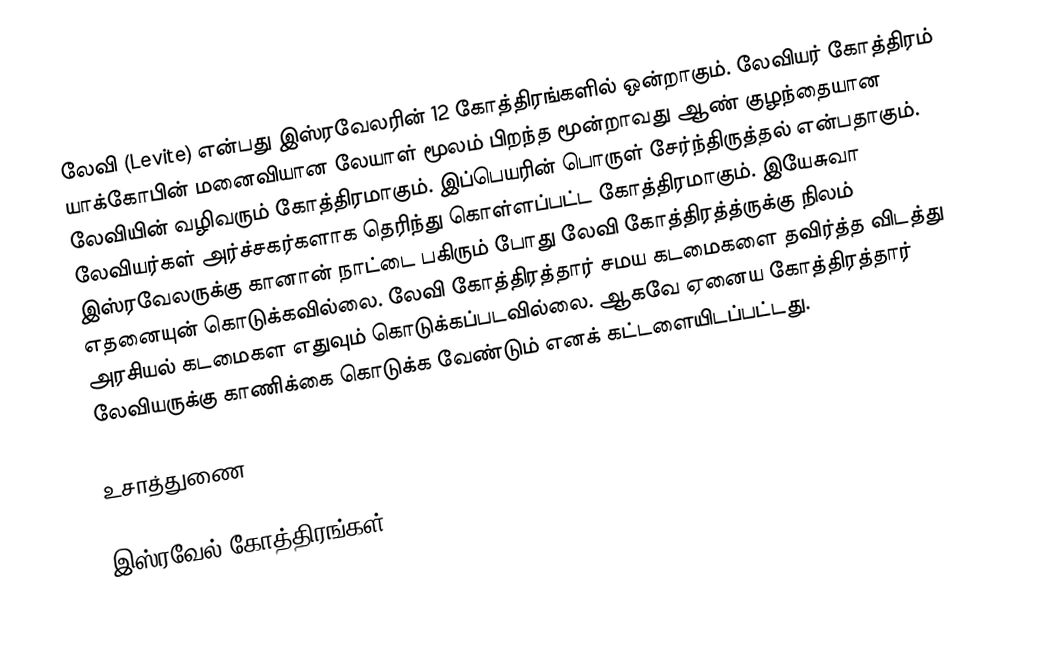
லேவி (Levite) என்பது இஸ்ரவேலரின் 12 கோத்திரங்களில் ஒன்றாகும். லேவியர் கோத்திரம் யாக்கோபின் மனைவியான லேயாள் மூலம் பிறந்த மூன்றாவது ஆண் குழந்தையான லேவியின் வழிவரும் கோத்திரமாகும். இப்பெயரின் பொருள் சேர்ந்திருத்தல் என்பதாகும். லேவியர்கள் அர்ச்சகர்களாக தெரிந்து கொள்ளப்பட்ட கோத்திரமாகும். இயேசுவா இஸ்ரவேலருக்கு கானான் நாட்டை பகிரும் போது லேவி கோத்திரத்த்ருக்கு நிலம் எதனையுன் கொடுக்கவில்லை. லேவி கோத்திரத்தார் சமய கடமைகளை தவிர்த்த விடத்து அரசியல் கடமைகள எதுவும் கொடுக்கப்படவில்லை. ஆகவே ஏனைய கோத்திரத்தார் லேவியருக்கு காணிக்கை கொடுக்க வேண்டும் எனக் கட்டளையிடப்பட்டது.

உசாத்துணை

இஸ்ரவேல் கோத்திரங்கள்